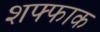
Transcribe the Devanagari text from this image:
शफ्फाक